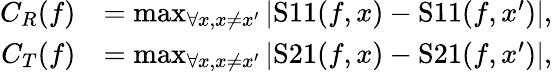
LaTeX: \begin{array}{rl}{C_{R}(f)}&{=\operatorname*{max}_{\forall x,x\neq x^{\prime}}\left\lvert\mathrm{S}11(f,x)-\mathrm{S}11(f,x^{\prime})\right\rvert,}\\ {C_{T}(f)}&{=\operatorname*{max}_{\forall x,x\neq x^{\prime}}\left\lvert\mathrm{S}21(f,x)-\mathrm{S}21(f,x^{\prime})\right\rvert,}\end{array}